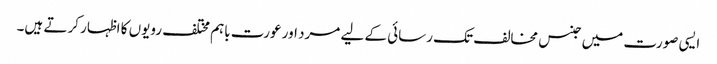
ایسی صورت میں جنس مخالف تک رسائی کے لیے مرد اور عورت باہم مختلف رویوں کا اظہار کرتے ہیں۔